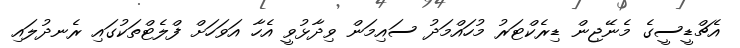
އެޗްޑީސީގެ މެނޭޖިން ޑިރެކްޓަރު މުހައްމަދު ސައިމަން ވިދާޅުވީ އެހާ އަވަހަށް ފްލެޓްތަކުގައި ރެނދުލައި